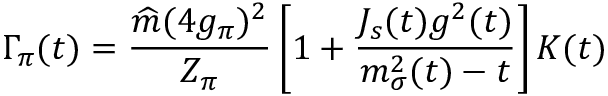
\Gamma _ { \pi } ( t ) = \frac { \widehat m ( 4 g _ { \pi } ) ^ { 2 } } { Z _ { \pi } } \left[ 1 + \frac { { \cal J } _ { s } ( t ) g ^ { 2 } ( t ) } { m _ { \sigma } ^ { 2 } ( t ) - t } \right] { \cal K } ( t )